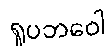
ရူပဘဝေါ